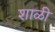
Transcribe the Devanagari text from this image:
शाळी